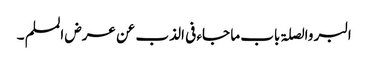
البر والصلۃ باب ما جاء فی الذب عن عرض المسلم ۔